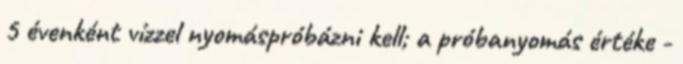
5 évenként vízzel nyomáspróbázni kell; a próbanyomás értéke -